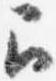
召